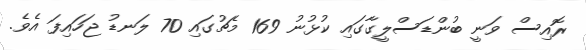
ރޮއިސް ވަނީ ބުންޑަސްލީގާގައި ކުޅުނު 169 މެޗުގައި 70 ލަނޑު ޖަހައިފަ އެވެ.